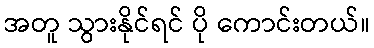
အတူ သွားနိုင်ရင် ပို ကောင်းတယ်။